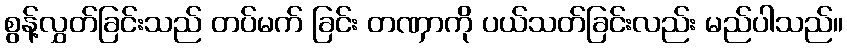
စွန့်လွှတ်ခြင်းသည် တပ်မက် ခြင်း တဏှာကို ပယ်သတ်ခြင်းလည်း မည်ပါသည်။